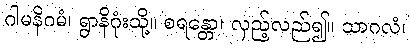
ဂါမနိဂမံ၊ ရွာနိဂုံးသို့။ စရန္တော၊ လှည့်လည်၍။ သာဂလံ၊